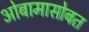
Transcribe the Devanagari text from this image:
ओबामासोबत